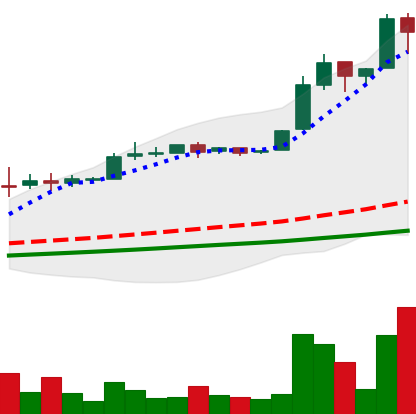
Ticker: BTC-USD
Chart end date: 2016-06-17
Forward return: -20.402%
Label: down_7plus